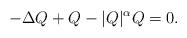
LaTeX: \begin{align*} -\Delta Q + Q- |Q|^\alpha Q=0.\end{align*}